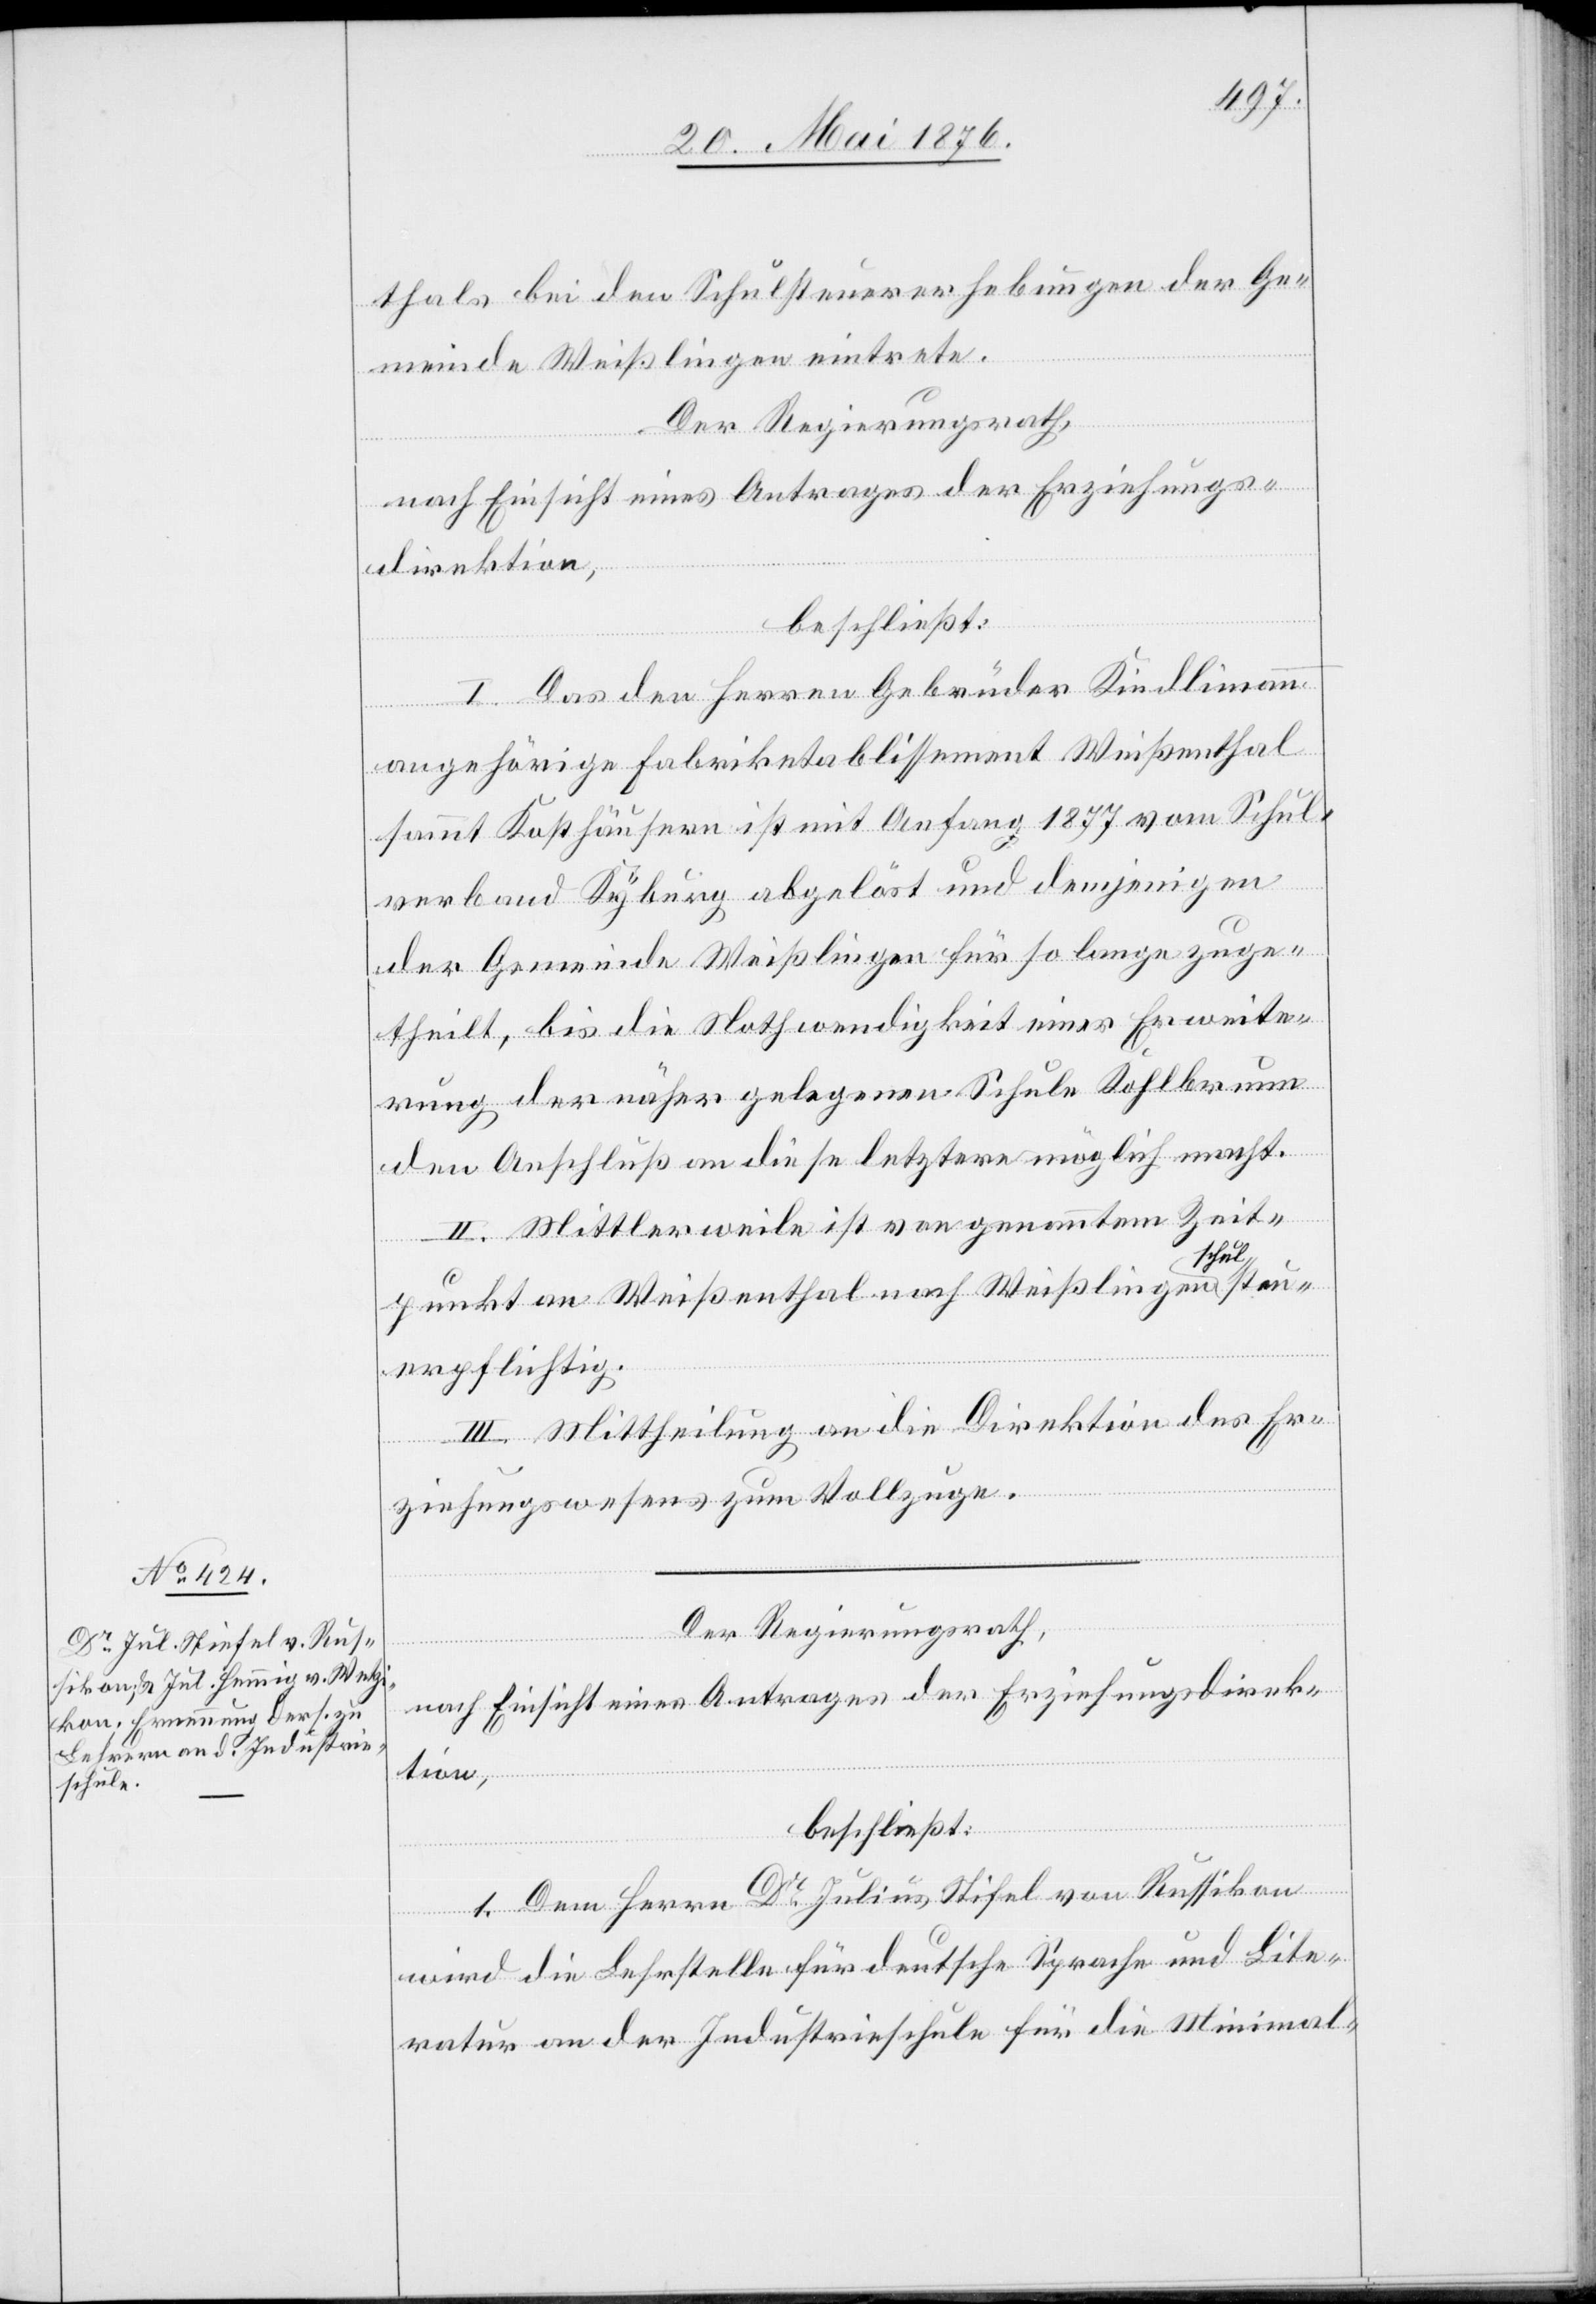
Der Regierungsrath,
nach Einsicht eines Antrages der Erziehungsdirek¬
tion,
beschließt:
1. Dem Herrn Dr Julius Stifel [sic!] von Russikon
wird die Lehrstelle für deutsche Sprache und Lite¬
ratur an der Industrieschule für die Minimal-